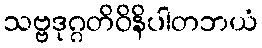
သဗ္ဗဒုဂ္ဂတိဝိနိပါတဘယံ